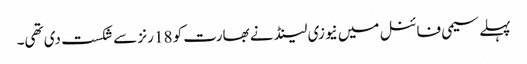
پہلے سیمی فائنل میں نیوزی لینڈ نے بھارت کو 18 رنز سے شکست دی تھی۔